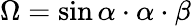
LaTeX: \Omega=\sin\alpha\cdot\alpha\cdot\beta